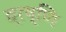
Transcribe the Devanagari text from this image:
व्रष्णि